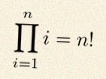
\prod_{i=1}^{n}i=n!